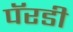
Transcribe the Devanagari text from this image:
पॅरडी